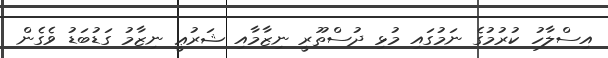
އިސްލާހު ކުރުމުގެ ނަމުގައި މުޅި ދުސްތޫރީ ނިޒާމާއި ޝަރުޢީ ނިޒާމު ގަޑުބަޑު ވެގެން